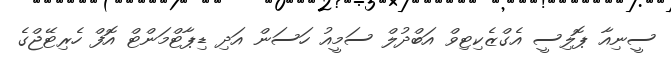
ސީނިއާ ޕޮލިސީ އެގްޒެކިޓިވް އަބްދުލް ސަމީއު ހަސަން އަދި ޑިޕާޓްމަންޓް އޮފް ހެރިޓޭޖްގެ